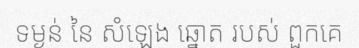
ទម្ងន់ នៃ សំឡេង ឆ្នោត របស់ ពួកគេ